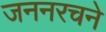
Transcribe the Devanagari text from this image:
जननरचने